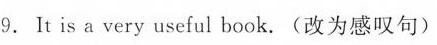
9.lt is a very useful book.(改为感叹句)